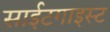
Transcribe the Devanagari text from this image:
साईटगाइस्ट